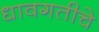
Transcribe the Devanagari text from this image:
धावगतीचे